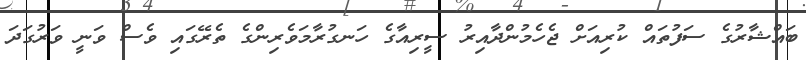
ބައްޝާރުގެ ސަފުތައް ކުރިއަށް ޖެހެމުންދާއިރު ސީރިއާގެ ހަނގުރާމަވެރިންގެ ތެރޭގައި ވެސް ވަނީ ވަރުގަދަ